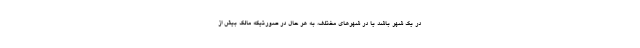
در یک شهر باشد یا در شهرهای مختلف، به هر حال در صورتیکه مالک بیش از